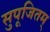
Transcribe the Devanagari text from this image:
सुपूजितम्